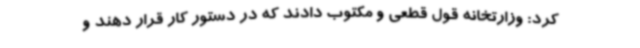
کرد: وزارتخانه قول قطعی و مکتوب دادند که در دستور کار قرار دهند و